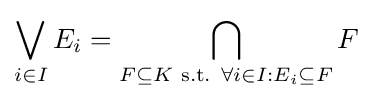
\bigvee _{i\in I}E_{i}=\bigcap _{F\subseteq K{\text{ s.t. }}\forall i\in I:E_{i}\subseteq F}F